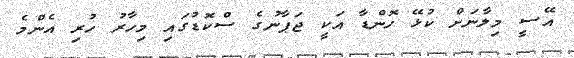
އޭސީ މިލާނަށް ކުޅޭ ހޮންޑާ އަކީ ޖަޕާނުގެ ސްކޮޑުގައި މިހާރު ހުރި އެންމެ